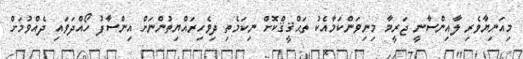
މިއަނިޔާވެރި ލާއިންސާނީ ޖަރީމާ މިނިވަންކަމާއެކު ތަޙްޤީޤްކޮށް ނިކަމެތި ދިވެހިރައްޔިތުންނަށް އިންސާފު ހޯއްދަވައި ދެއްވުމަށް